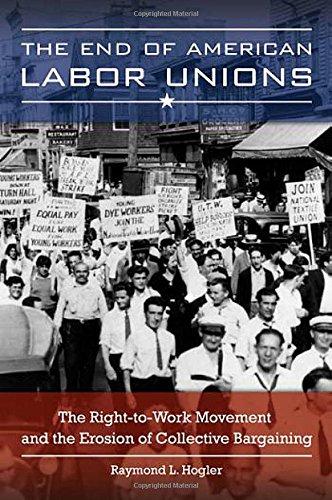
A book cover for The End of American Labor Unions: The Right-to-Work Movement and the Erosion of Collective Bargaining; Raymond L. Hogler; Business & Money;